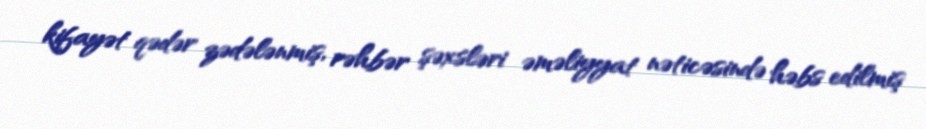
kifayət qədər zədələnmiş, rəhbər şəxsləri əməliyyat nəticəsində həbs edilmiş